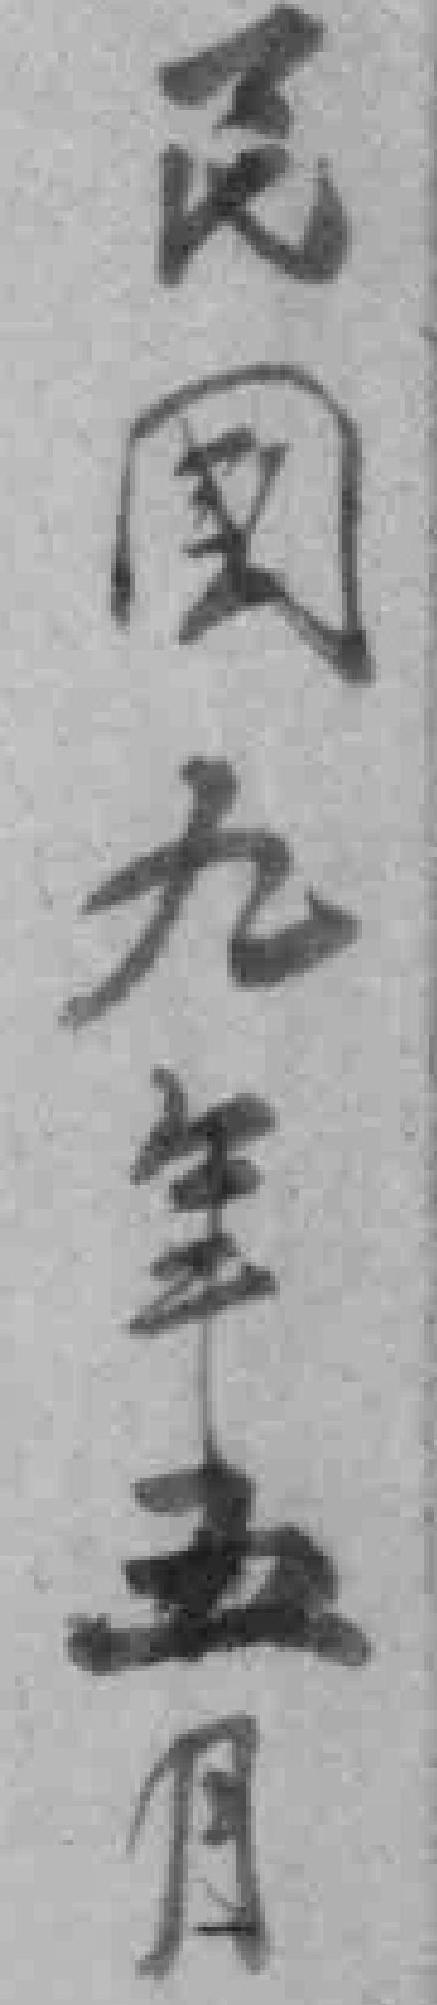
民國九年五月